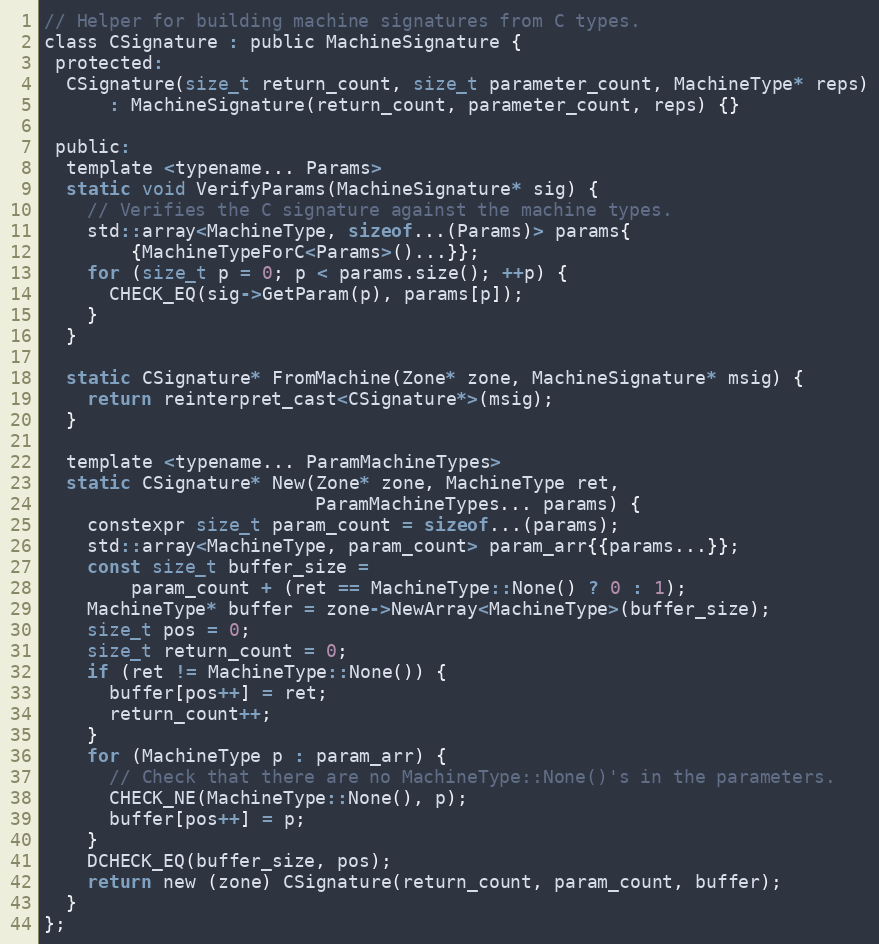
Language: C
// Helper for building machine signatures from C types.
class CSignature : public MachineSignature {
 protected:
  CSignature(size_t return_count, size_t parameter_count, MachineType* reps)
      : MachineSignature(return_count, parameter_count, reps) {}

 public:
  template <typename... Params>
  static void VerifyParams(MachineSignature* sig) {
    // Verifies the C signature against the machine types.
    std::array<MachineType, sizeof...(Params)> params{
        {MachineTypeForC<Params>()...}};
    for (size_t p = 0; p < params.size(); ++p) {
      CHECK_EQ(sig->GetParam(p), params[p]);
    }
  }

  static CSignature* FromMachine(Zone* zone, MachineSignature* msig) {
    return reinterpret_cast<CSignature*>(msig);
  }

  template <typename... ParamMachineTypes>
  static CSignature* New(Zone* zone, MachineType ret,
                         ParamMachineTypes... params) {
    constexpr size_t param_count = sizeof...(params);
    std::array<MachineType, param_count> param_arr{{params...}};
    const size_t buffer_size =
        param_count + (ret == MachineType::None() ? 0 : 1);
    MachineType* buffer = zone->NewArray<MachineType>(buffer_size);
    size_t pos = 0;
    size_t return_count = 0;
    if (ret != MachineType::None()) {
      buffer[pos++] = ret;
      return_count++;
    }
    for (MachineType p : param_arr) {
      // Check that there are no MachineType::None()'s in the parameters.
      CHECK_NE(MachineType::None(), p);
      buffer[pos++] = p;
    }
    DCHECK_EQ(buffer_size, pos);
    return new (zone) CSignature(return_count, param_count, buffer);
  }
};